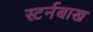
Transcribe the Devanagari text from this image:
स्टर्नबाख